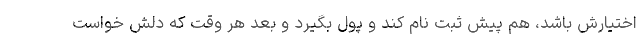
اختیارش باشد، هم پیش ثبت نام کند و پول بگیرد و بعد هر وقت که دلش خواست